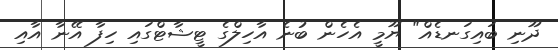
ދޫނި ބައިގަނޑެއް" ޔޫމީ އެހެން ބުނެ އާހިލްގެ ޓީޝާޓްގައި ހިފާ އޭނާ އާއި